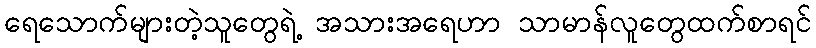
ရေသောက်များတဲ့သူတွေရဲ့ အသားအရေဟာ သာမာန်လူတွေထက်စာရင်